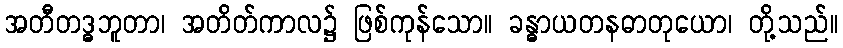
အတီတဒ္ဓဘူတာ၊ အတိတ်ကာလ၌ ဖြစ်ကုန်သော။ ခန္ဓာယတနဓာတုယော၊ တို့သည်။